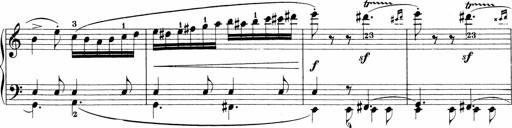
Title: Sonatinen Op.47, 98 und 136, nebst 6 Liedersonatinen
Composer: Carl Reinecke